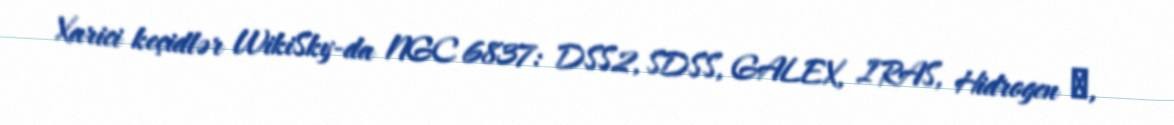
Xarici keçidlər WikiSky-da NGC 6837: DSS2, SDSS, GALEX, IRAS, Hidrogen α,